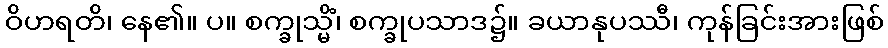
ဝိဟရတိ၊ နေ၏။ ပ။ စက္ခုသ္မိံ၊ စက္ခုပသာဒ၌။ ခယာနုပဿီ၊ ကုန်ခြင်းအားဖြစ်